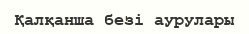
Қалқанша безі аурулары